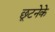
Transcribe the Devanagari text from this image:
छूटनेके